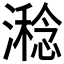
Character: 𣿇